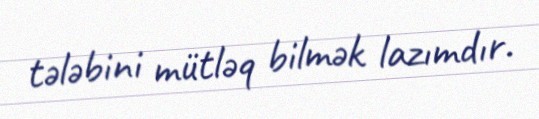
tələbini mütləq bilmək lazımdır.